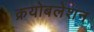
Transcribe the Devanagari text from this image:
क्रयोबलेशन